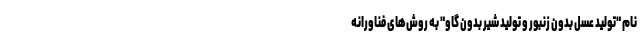
نام "تولید عسل بدون زنبور و تولید شیر بدون گاو" به روش‌های فناورانه